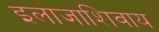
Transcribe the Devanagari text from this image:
इलाजाशिवाय